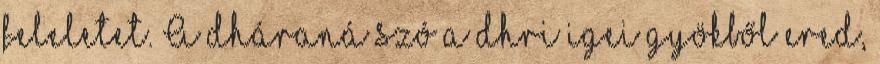
feleletet. A dháraná szó a dhri igei gyökből ered,